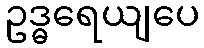
ဥဒ္ဓရေယျပေ